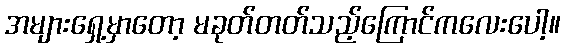
အများရှေ့မှာတော့ မခုတ်တတ်သည့်ကြောင်ကလေးပေါ့။